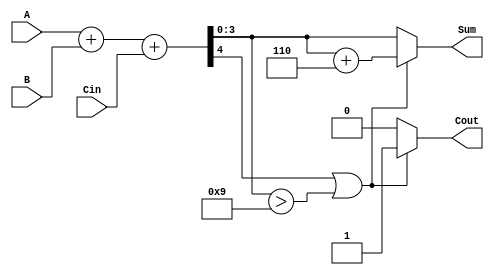
module BCD_Conditional_Adder (
    input  wire [3:0] A,      // First BCD digit
    input  wire [3:0] B,      // Second BCD digit
    input  wire Cin,          // Carry-in
    output reg  [3:0] Sum,    // BCD sum
    output reg  Cout          // Carry-out
);

    wire [4:0] S;             // 5-bit sum to accommodate carry
    wire correction_needed;    // Flag for BCD correction

    // Step 1: Binary addition
    assign S = A + B + Cin;

    // Step 2: Check if correction is needed (if S >= 10)
    assign correction_needed = S[4] | (S[3:0] > 4'b1001);

    // Step 3: BCD correction logic
    always @(*) begin
        if (correction_needed) begin
            Sum = S[3:0] + 4'b0110; // Add 6 to correct the BCD
            Cout = 1;               // Set carry-out
        end else begin
            Sum = S[3:0];           // No correction needed
            Cout = 0;               // No carry-out
        end
    end

endmodule